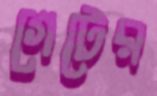
গেটের